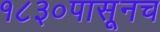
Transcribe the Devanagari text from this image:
१८३०पासूनच